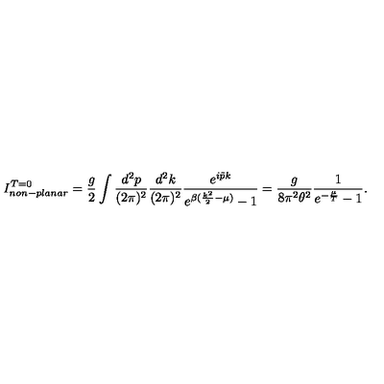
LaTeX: I _ { n o n - p l a n a r } ^ { T = 0 } = \frac { g } { 2 } \int \frac { d ^ { 2 } p } { ( 2 \pi ) ^ { 2 } } \frac { d ^ { 2 } k } { ( 2 \pi ) ^ { 2 } } \frac { e ^ { i \tilde { p } k } } { e ^ { \beta ( \frac { k ^ { 2 } } { 2 } - \mu ) } - 1 } = \frac { g } { 8 \pi ^ { 2 } \theta ^ { 2 } } \frac { 1 } { e ^ { - \frac { \mu } { T } } - 1 } .